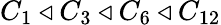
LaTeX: C_{1}\triangleleft C_{3}\triangleleft C_{6}\triangleleft C_{12}